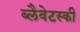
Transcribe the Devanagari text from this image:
ब्लैवेटस्की